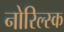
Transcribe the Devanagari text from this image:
नोरिल्स्क